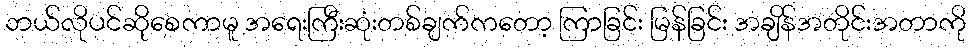
ဘယ်လိုပင်ဆိုစေကာမူ အရေးကြီးဆုံးတစ်ချက်ကတော့ ကြာခြင်း မြန်ခြင်း အချိန်အတိုင်းအတာကို